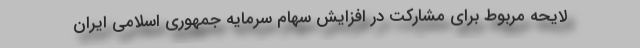
لایحه مربوط برای مشارکت در افزایش سهام سرمایه جمهوری اسلامی ایران